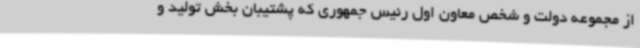
از مجموعه دولت و شخص معاون اول رئیس جمهوری که پشتیبان بخش تولید و